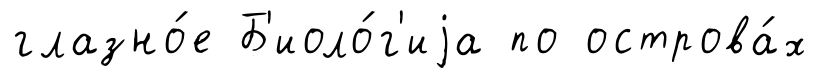
глазно́е Б'иоло́г'иjа по острова́х